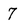
Character: 7